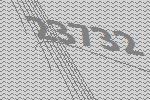
23732